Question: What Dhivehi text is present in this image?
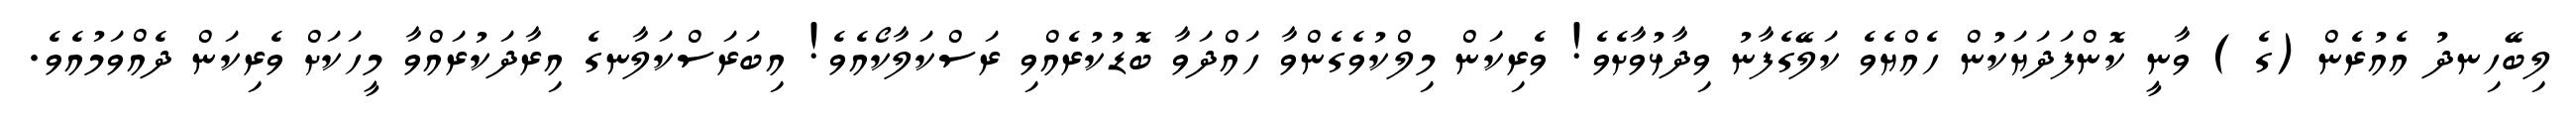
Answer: ލިބޭހިނދު އެއުރެން (ގެ ) ވާނީ ކޮންފަދަޔަކުން ހެއްޔެވެ ކަލޭގެފާނު ވިދާޅުވާށެވެ! ވެރިކަން މިލްކުވެގެންވާ ހައްދަވާ ބޮޑުކުރެއްވި ރަސްކަލާކޯއެވެ! އިބަރަސްކަލާނގެ އިރާދަކުރައްވާ މީހަކަށް ވެރިކަން ދެއްވަމުއެވެ.